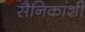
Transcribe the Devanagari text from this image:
सैनिकांशी